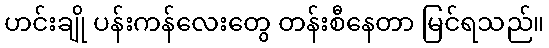
ဟင်းချို ပန်းကန်လေးတွေ တန်းစီနေတာ မြင်ရသည်။